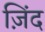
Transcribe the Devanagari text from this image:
ज़िंद